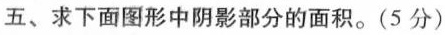
五、求下面图形中阴影部分的面积。(5分)